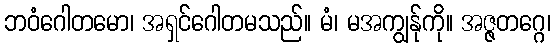
ဘဝံဂေါတမော၊ အရှင်ဂေါတမသည်။ မံ၊ မအကျွန်ုကို။ အဇ္ဇတဂ္ဂေ၊